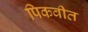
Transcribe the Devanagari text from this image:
पिकवीत